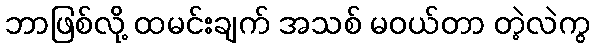
ဘာဖြစ်လို့ ထမင်းချက် အသစ် မဝယ်တာ တဲ့လဲကွ